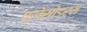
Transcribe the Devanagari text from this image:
प्लेसोडर्म